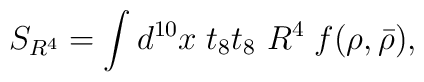
S_{R^4}= \int d^{10}x\;  t_8t_8\ R^4\; f(\rho,\bar{\rho}),